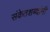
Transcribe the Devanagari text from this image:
संकेतशब्दांनी